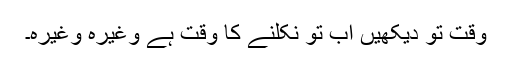
وقت تو دیکھیں اب تو نکلنے کا وقت ہے وغیرہ وغیرہ۔